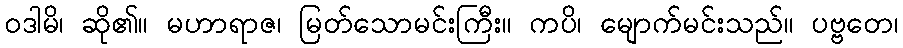
ဝဒါမိ၊ ဆို၏။ မဟာရာဇ၊ မြတ်သောမင်းကြီး။ ကပိ၊ မျောက်မင်းသည်။ ပဗ္ဗတေ၊